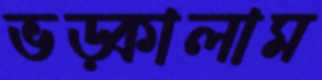
ভড়্‌কালাম